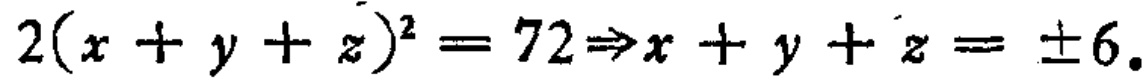
\(2(x + y + z)^{2}=72\Rightarrow x + y + z = \pm6.\)